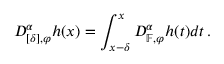
D _ { [ \delta ] , \varphi } ^ { \alpha } h ( x ) = \int _ { x - \delta } ^ { x } D _ { \mathbb { F } , \varphi } ^ { \alpha } h ( t ) d t \, .